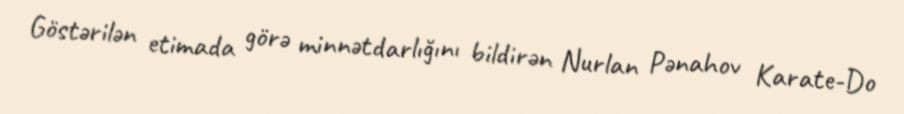
Göstərilən etimada görə minnətdarlığını bildirən Nurlan Pənahov Karate-Do